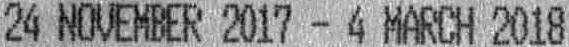
24 NOVEMBER 2017 - 4 MARCH 2018